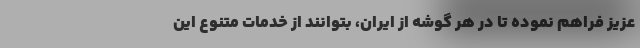
عزیز فراهم نموده تا در هر گوشه از ایران، بتوانند از خدمات متنوع این